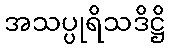
အသပ္ပုရိသဒိဋ္ဌိ